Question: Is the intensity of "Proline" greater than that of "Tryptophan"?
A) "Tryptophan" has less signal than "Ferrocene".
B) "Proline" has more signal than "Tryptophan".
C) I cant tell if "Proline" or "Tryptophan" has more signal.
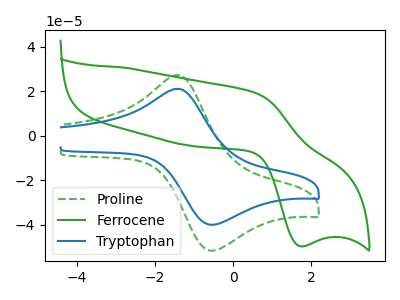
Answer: <think>The green dashed curve "Proline" has an anodic peak at (-1.40V, 27.20uA) and a cathodic peak at (-0.55V, -51.70uA). The green curve "Ferrocene" has an anodic peak at (0.55V, 19.25uA) and a cathodic peak at (1.75V, -49.70uA). The blue curve "Tryptophan" has an anodic peak at (-1.40V, 21.05uA) and a cathodic peak at (-0.55V, -40.05uA).
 All the peaks in "Proline" have a peak in "Tryptophan" at the same potential. Every peak in "Proline" is higher than every peak in "Tryptophan".</think>
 <answer>B) "Proline" has more signal than "Tryptophan".</answer>
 <eval>B</eval>